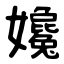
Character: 㜶